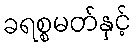
ခရစ္စမတ်နှင့်